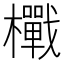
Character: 𭬪